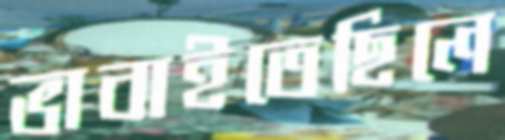
ভাবাইতেছিলে